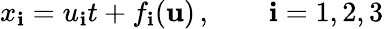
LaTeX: x_{\mathbf{i}}=u_{\mathbf{i}}t+{f_{\mathbf{i}}}({\mathbf{{u}}})\, ,\qquad\mathbf{i}=1,2,3